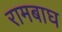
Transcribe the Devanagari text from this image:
रामबाघ